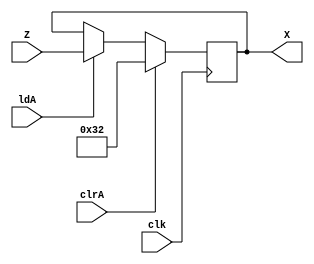
module PIPO1(
    //input [15:0] data_in,
    input [31:0] Z,
    input ldA,
    input clrA,
    input clk,
    output reg [31:0] X
    );


always@(posedge clk)
if(clrA)
            X<= 32'b110010;
   else if(ldA)
            X<=Z;
endmodule